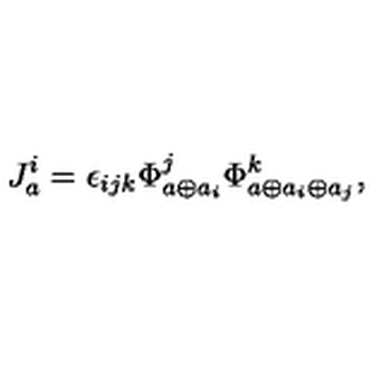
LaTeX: J _ { a } ^ { i } = \epsilon _ { i j k } \Phi _ { a \oplus a _ { i } } ^ { j } \Phi _ { a \oplus a _ { i } \oplus a _ { j } } ^ { k } ,